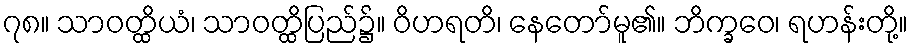
၇၈။ သာဝတ္ထိယံ၊ သာဝတ္ထိပြည်၌။ ဝိဟရတိ၊ နေတော်မူ၏။ ဘိက္ခဝေ၊ ရဟန်းတို့။